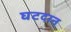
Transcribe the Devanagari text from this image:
घटदान